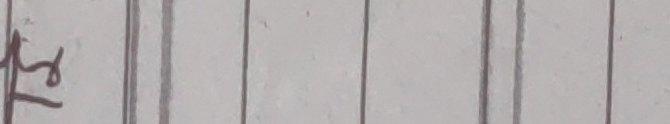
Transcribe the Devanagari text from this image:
तस